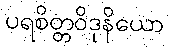
ပရစိတ္တဝိဒုနိယော